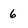
Character: 6